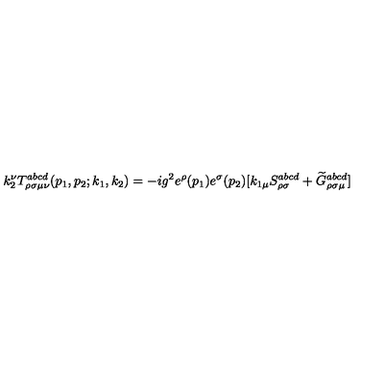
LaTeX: k _ { 2 } ^ { \nu } T _ { \rho \sigma \mu \nu } ^ { a b c d } ( p _ { 1 } , p _ { 2 } ; k _ { 1 } , k _ { 2 } ) = - i g ^ { 2 } e ^ { \rho } ( p _ { 1 } ) e ^ { \sigma } ( p _ { 2 } ) [ k _ { 1 \mu } S _ { \rho \sigma } ^ { a b c d } + \widetilde { G } _ { \rho \sigma \mu } ^ { a b c d } ]